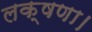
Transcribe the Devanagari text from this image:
लक्षणा।